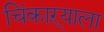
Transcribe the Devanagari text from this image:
चिंकाऱ्याला